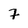
Character: 7